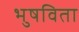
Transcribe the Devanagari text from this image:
भुषविता